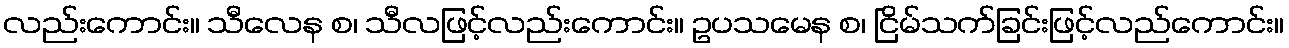
လည်းကောင်း။ သီလေန စ၊ သီလဖြင့်လည်းကောင်း။ ဥပသမေန စ၊ ငြိမ်သက်ခြင်းဖြင့်လည်ကောင်း။